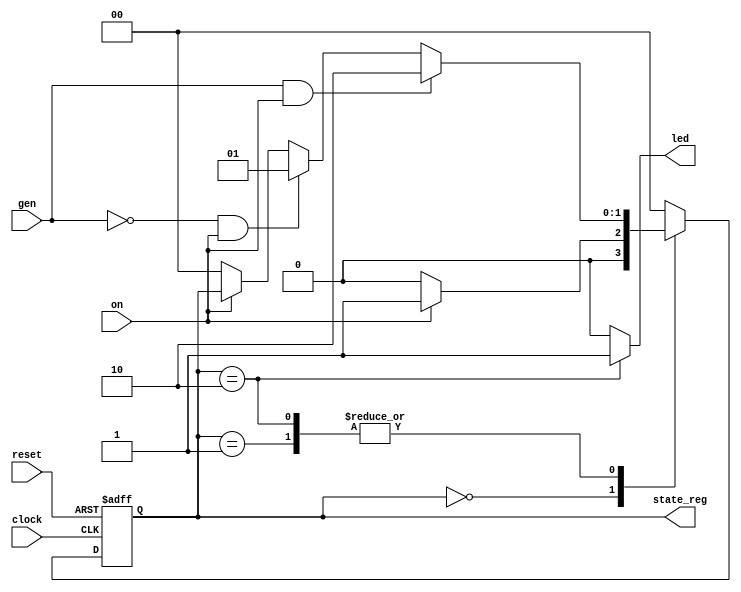
`timescale 1ns / 1ps
//////////////////////////////////////////////////////////////////////////////////
// Company: 
// Engineer: 
// 
// Design Name: 
// Module Name:    coffee 
// Project Name: 
// Target Devices: 
// Tool versions: 
// Description: 
//
// Dependencies: 
//
// Revision: 
// Revision 0.01 - File Created
// Additional Comments: 
//
//////////////////////////////////////////////////////////////////////////////////
module coffee(
    input on,
    input gen,
	 input clock,
    input reset,
    output reg led,
	 output reg [1:0]state_reg
    );

reg [1:0]state_next;

always @(posedge clock or negedge reset)
	begin
		if(reset == 0) state_reg <= 0;
		else state_reg <= state_next;
	end
		
always @(state_reg, on, gen)
	begin
		state_next = 2'b00;
		led = 0;
		case (state_reg)
			2'b00: begin 
					state_next = state_reg;
					led = 0;
					if (on == 1) state_next = 2'b01;
					if (on == 0) state_next = 2'b00;
				end
			2'b01: begin 
					state_next = state_reg;
					led = 0;
					if (on == 0) state_next = 2'b00;
					if (gen == 0 && on == 1) state_next = 2'b01;
					if (gen == 1 && on == 1) state_next = 2'b10;
				end
			2'b10: begin 
					state_next = state_reg;
					led = 1;
					if (on == 0) state_next = 2'b00;
					if (gen == 0 && on == 1) state_next = 2'b01;
					if (gen == 1 && on == 1) state_next = 2'b10;
				end
		endcase
	end

endmodule